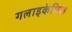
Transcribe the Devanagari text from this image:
गलाइकेमिक